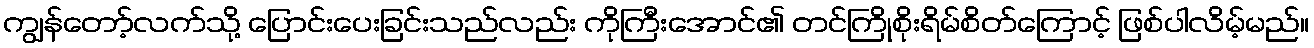
ကျွန်တော့်လက်သို့ ပြောင်းပေးခြင်းသည်လည်း ကိုကြီးအောင်၏ တင်ကြိုစိုးရိမ်စိတ်ကြောင့် ဖြစ်ပါလိမ့်မည်။